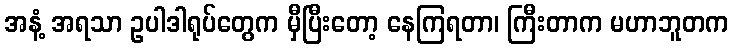
အနံ့ အရသာ ဥပါဒါရုပ်တွေက မှီပြီးတော့ နေကြရတာ၊ ကြီးတာက မဟာဘူတက